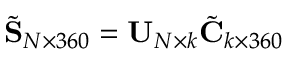
\tilde { \mathbf { S } } _ { N \times 3 6 0 } = \mathbf { U } _ { N \times k } \tilde { \mathbf { C } } _ { k \times 3 6 0 }